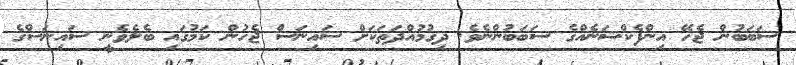
ސަބަބުން ޖެހޭ އިންފެކްޝަނެއްގެ ސަބަބުންނެވެ. ދިގުމުއްދަތަކަށް ސައިނަސް ޖެހުން ކަމުގައި ބެލެވެނީ ސައިނަސްގެ